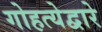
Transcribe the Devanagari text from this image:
गोहत्येद्वारे